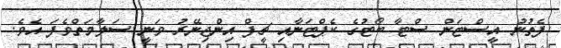
ފެތުނު އީސްޓަން ސްޓާ ބޯޓުގެ ކެޕްޓަނާއި ޗީފް އިންޖިނޭރު ވަނީ ސަލާމަތްވެފަ އެވެ.